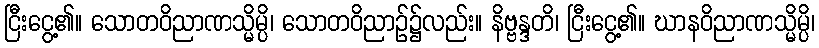
ငြီးငွေ့၏။ သောတဝိညာဏသ္မိမ္ပိ၊ သောတဝိညာဉ်၌လည်း။ နိဗ္ဗန္ဒတိ၊ ငြီးငွေ့၏။ ဃာနဝိညာဏသ္မိမ္ပိ၊